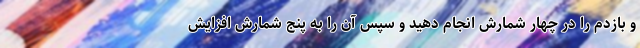
و بازدم را در چهار شمارش انجام دهید و سپس آن را به پنج شمارش افزایش